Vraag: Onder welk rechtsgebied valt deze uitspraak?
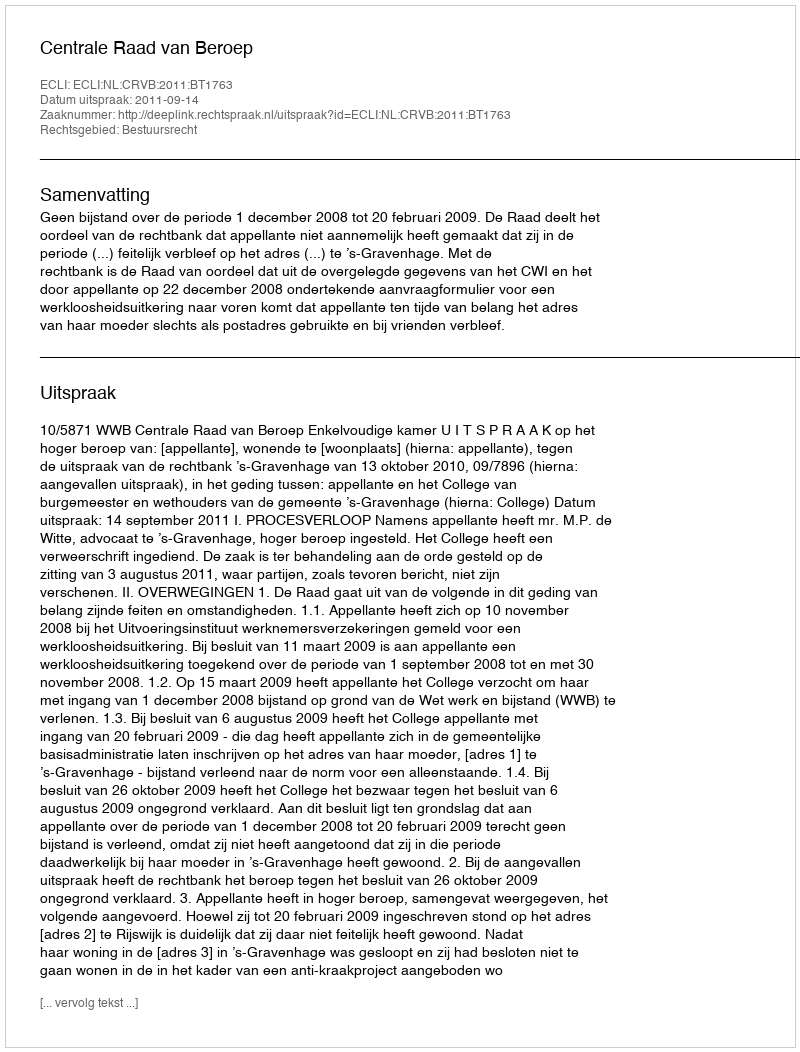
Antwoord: Bestuursrecht